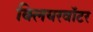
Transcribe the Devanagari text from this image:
क्लियरवॉटर